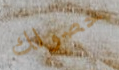
حصولك